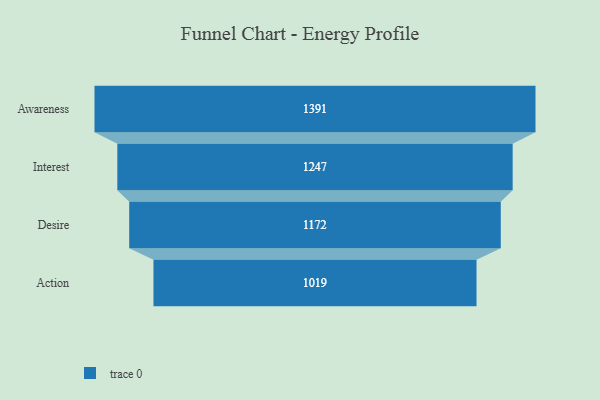
{"axis": {"x": "Stage", "y": "Value"}, "legend": [""], "data": [{"x": "Awareness", "y": 1391.0, "type": ""}, {"x": "Interest", "y": 1247.0, "type": ""}, {"x": "Desire", "y": 1172.0, "type": ""}, {"x": "Action", "y": 1019.0, "type": ""}]}